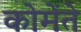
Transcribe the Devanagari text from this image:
कोमेंते